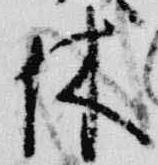
休